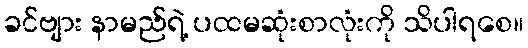
ခင်ဗျား နာမည်ရဲ့ ပထမဆုံးစာလုံးကို သိပါရစေ။